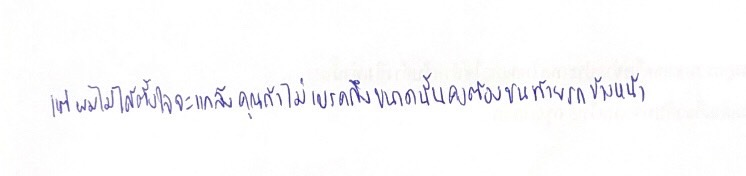
แต่ผมไม่ได้ตั้งใจจะแกล้งคุณถ้าไม่เบรคถึงขนาดนั้นคงต้องชนท้ายรถข้างหน้า